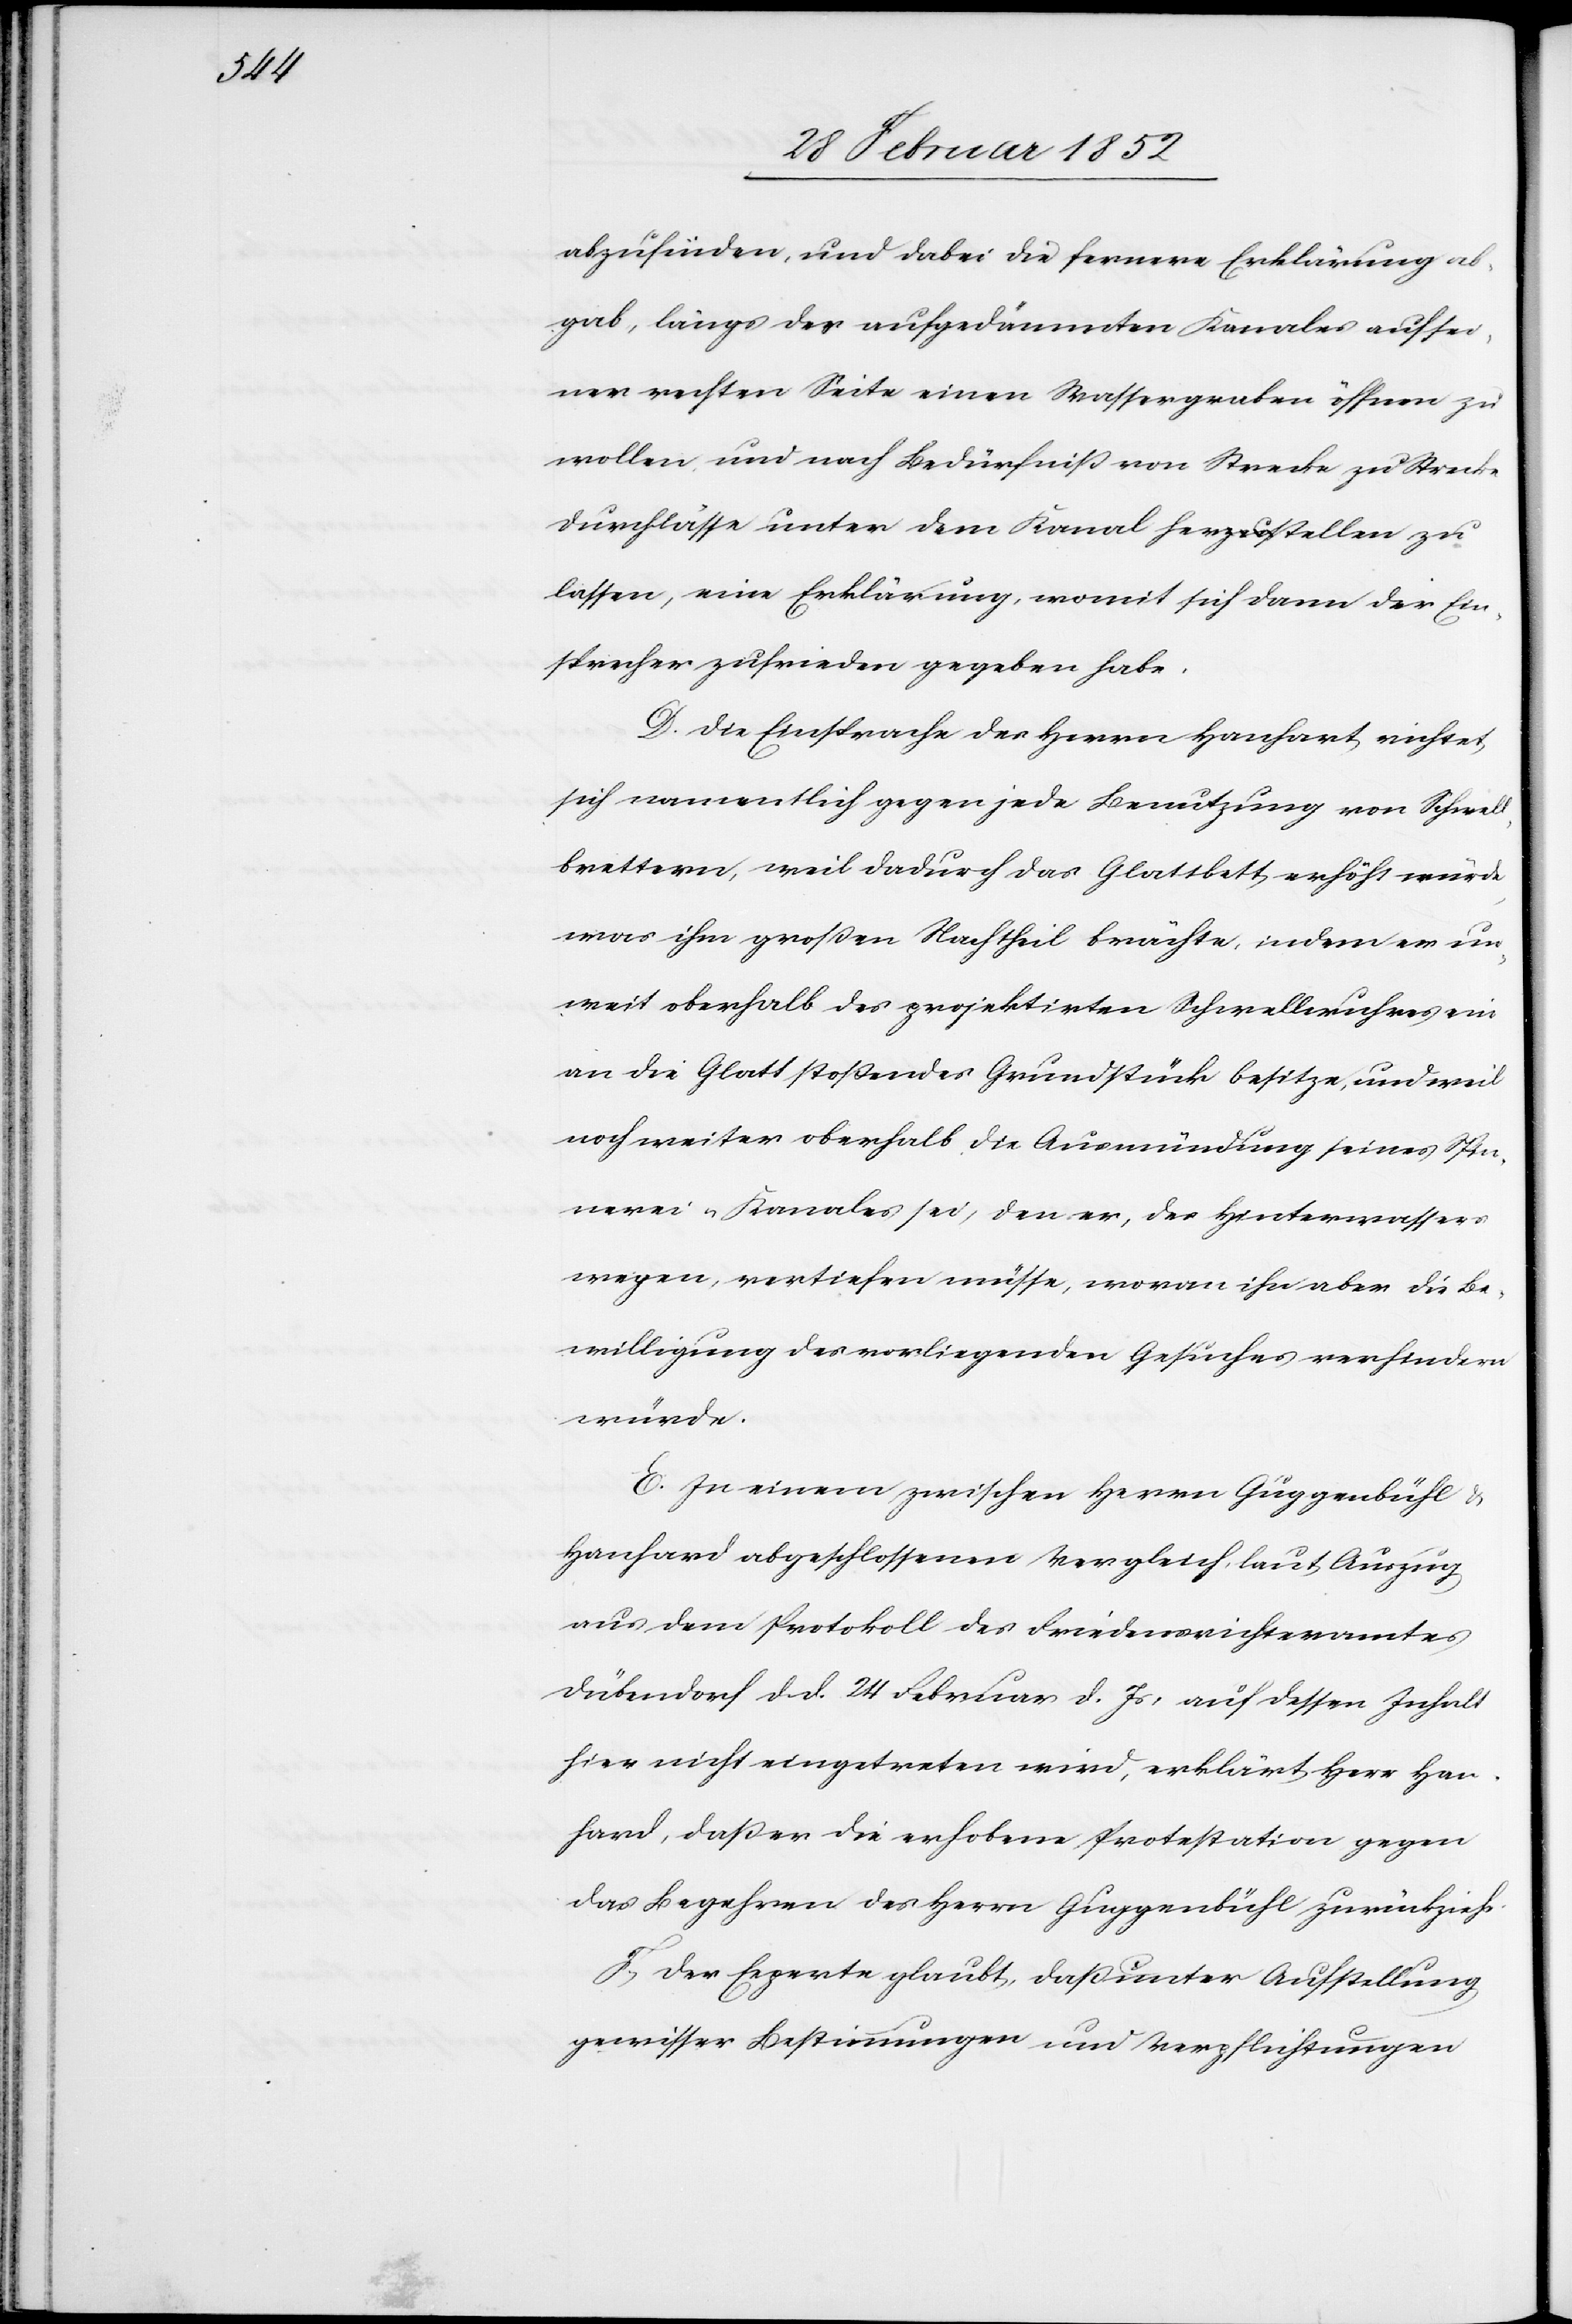
abzufinden, und dabei die fernere Erklärung ab¬
gab, längs des aufgedämmten Kanales auf sei¬
ner rechten Seite einen Wassergrabe öffnen zu
wollen und nach Bedürfniß von Strecke zu Strecke
Durchlässe unter dem Kanal herzustellen zu
lassen, eine Erklärung, womit sich dann der Ein¬
sprecher zufrieden gegeben habe.
D. Die Einsprache des Herrn Hanhart richtet
sich namentlich gegen jede Benutzung von Schwell¬
brettern, weil dadurch das Glattbett erhöht würde
was ihm großen Nachtheil brächte, indem er un¬
weit oberhalb des projektirten Schwellwuhres ein
an die Glatt stoßendes Grundstück besitze, und weil
noch weiter oberhalb die Ausmündung seines Spin¬
nerei-Kanales sei, den er, des Hinterwassers
wegen, vertiefen müsse, woran ihn aber die Be¬
willigung des vorliegenden Gesuches verhindern
würde.
E. In einem zwischen Herrn Guggenbühl u.
Hanhard abgeschlossenen Vergleich, laut Auszug
aus dem Protokoll des Friedensrichteramtes
Dübendorf dd. 24 Februar d. Js, auf dessen Inhal¬
t nicht eingetreten wird, erklärt Herr Han¬
hart, daß er die erhobene Protestation gegen
das Begehren des Herrn Guggenbühl zurückziehe.
F.) Der Experte glaubt, daß unter Aufstellung
gewisser Bestimmungen und Verpflichtungen